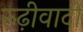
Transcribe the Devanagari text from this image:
रुढ़ीवादी